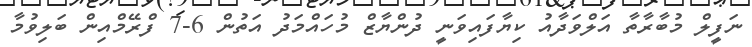
ނަފީލް މުބާރާތާ އަލްވަދާއު ކިޔާފައިވަނީ ދުންޔާޒް މުހައްމަދު އަތުން 6-7 ފްރޭމްއިން ބަލިވުމާ